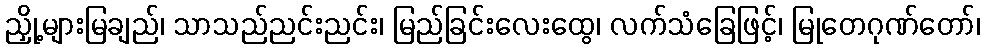
ညှို့များမြချည်၊ သာသည်ညင်းညင်း၊ မြည်ခြင်းလေးထွေ၊ လက်သံခြေဖြင့်၊ မြုတေဂုဏ်တော်၊